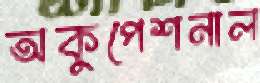
অকুপেশনাল